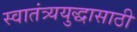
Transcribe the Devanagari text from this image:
स्वातंत्र्ययुद्धासाठी